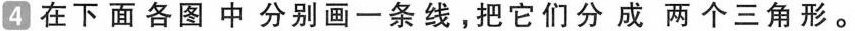
4 在下面各图中分别画一条线，把它们分成两个三角形。